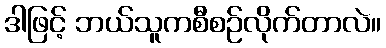
ဒါဖြင့် ဘယ်သူကစီစဉ်လိုက်တာလဲ။